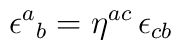
\epsilon ^{a}{}_{b}=\eta ^{ac}\, \epsilon _{cb}